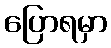
ပြောရမှာ